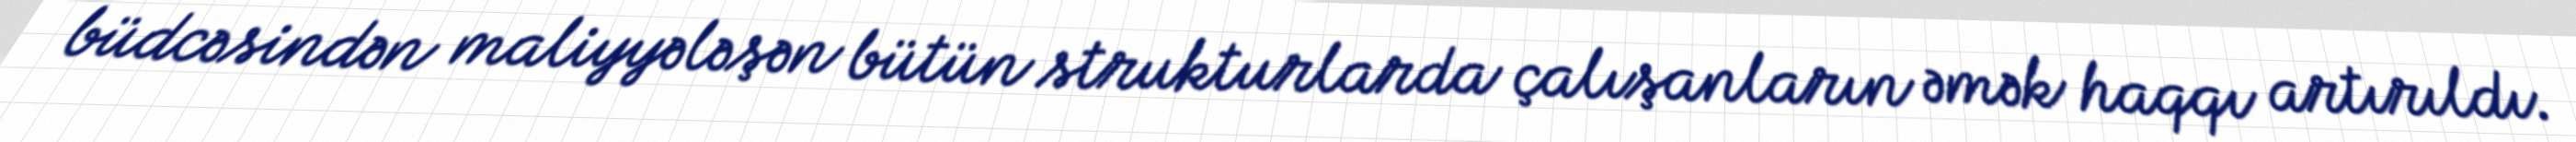
büdcəsindən maliyyələşən bütün strukturlarda çalışanların əmək haqqı artırıldı.